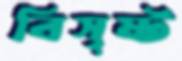
বিসৃষ্ট